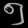
Digit: ၅